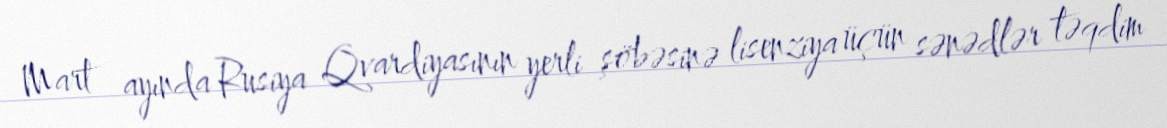
Mart ayında Rusiya Qvardiyasının yerli şöbəsinə lisenziya üçün sənədlər təqdim